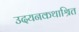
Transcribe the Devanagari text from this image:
उदयनकथाश्रित